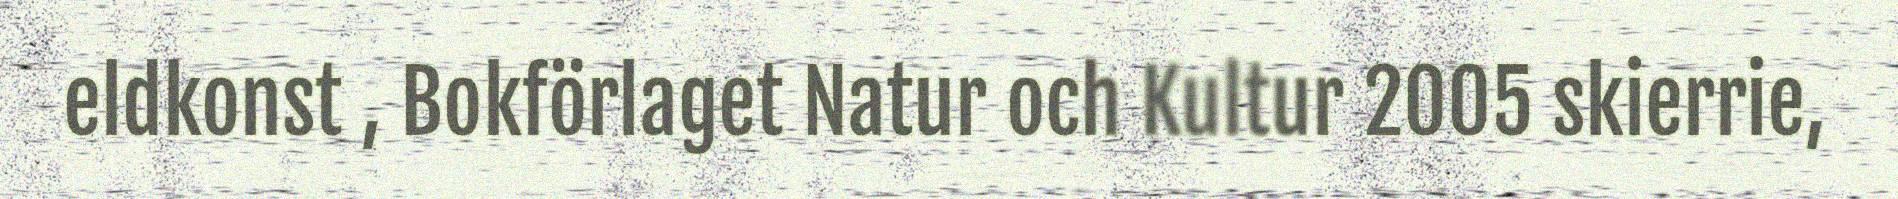
eldkonst , Bokförlaget Natur och Kultur 2005 skierrie,